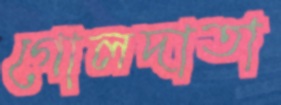
গোলদাতা